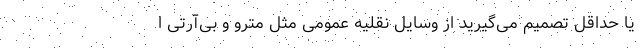
یا حداقل تصمیم می‌گیرید از وسایل نقلیه عمومی مثل مترو و بی‌آرتی ا